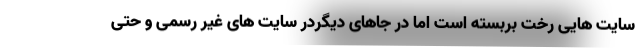
سایت هایی رخت بربسته است اما در جاهای دیگردر سایت های غیر رسمی و حتی